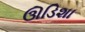
ઊડિશા